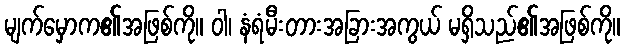
မျက်မှောက၏အဖြစ်ကို။ ဝါ၊ နံရံမီးတားအခြားအကွယ် မရှိသည်၏အဖြစ်ကို။